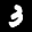
Label: 3